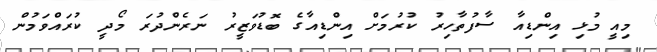
މިއީ މުޅި އިންޑިއާ ސާފުތާހިރު ކުރުމަށް އިންޑިއާގެ ބޮޑުވަޒީރު ނަރެންދުރަ މޯދީ ކުރައްވަމުން